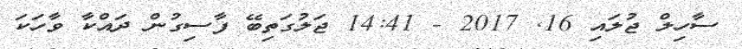
ސާހިލް ޖުލައި 16